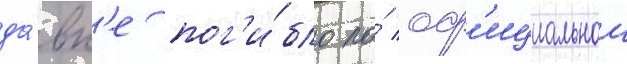
да́вк'е пог'и́бло по́ оф'ициальнои